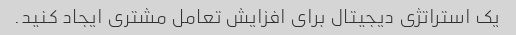
یک استراتژی دیجیتال برای افزایش تعامل مشتری ایجاد کنید.